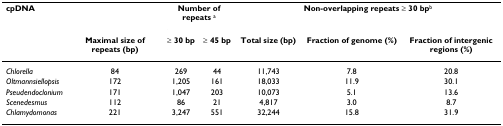
| cpDNA |  | <COLSPAN=2> Number of repeats a | <COLSPAN=3> Non-overlapping repeats ≥ 30 bpb |
 |  | Maximal size of repeats (bp) | ≥ 30 bp | ≥ 45 bp | Total size (bp) | Fraction of genome (%) | Fraction of intergenic regions (%) |
 | --- | --- | --- | --- | --- | --- | --- |
 | Chlorella | 84 | 269 | 44 | 11,743 | 7.8 | 20.8 |
 | Oltmannsiellopsis | 172 | 1,205 | 161 | 18,033 | 11.9 | 30.1 |
 | Pseudendoclonium | 171 | 1,047 | 203 | 10,073 | 5.1 | 13.6 |
 | Scenedesmus | 112 | 86 | 21 | 4,817 | 3.0 | 8.7 |
 | Chlamydomonas | 221 | 3,247 | 551 | 32,244 | 15.8 | 31.9 |